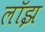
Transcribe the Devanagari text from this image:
लॉझ